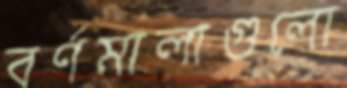
বর্ণমালাগুলো